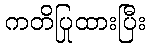
ကတိပြုထားပြီး